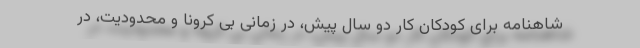
شاهنامه برای کودکان کار دو سال پیش، در زمانی بی کرونا و محدودیت، در